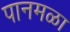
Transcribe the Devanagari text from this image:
पानमळा